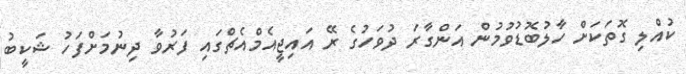
ކުއްލި ގޮތަކަށް ހާލުބޮޑުވުމުން އަންގާރަ ދުވަހުގެ ރޭ އައިޖީއެމްއެޗްގައި ފަރުވާ ދިނުމަށްފަހު ޝަކީބު